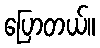
ပြောတယ်။